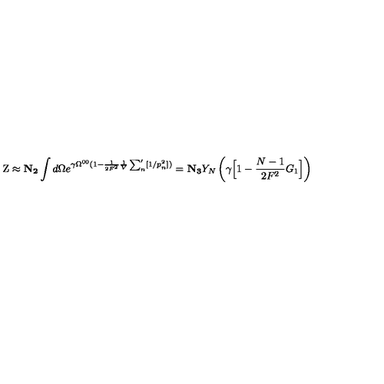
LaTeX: \mathrm { Z } \approx { \bf N _ { 2 } } \int d \Omega e ^ { \gamma \Omega ^ { 0 0 } ( 1 - \frac { 1 } { 2 F ^ { 2 } } \frac { 1 } { V } \sum _ { n } ^ { \prime } [ 1 / p _ { n } ^ { 2 } ] ) } = { \bf N _ { 3 } } Y _ { N } \left( \gamma \Big [ 1 - \frac { N - 1 } { 2 F ^ { 2 } } G _ { 1 } \Big ] \right)